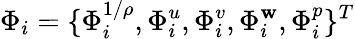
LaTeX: \Phi_{i}=\{ \Phi_{i}^{1/\rho},\Phi_{i}^{u},\Phi_{i}^{v},\Phi_{i}^{\mathbf{w}},\Phi_{i}^{p}\} ^{T}